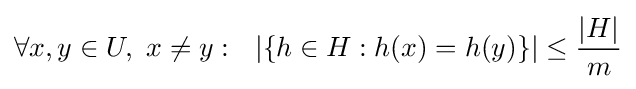
\forall x,y\in U,~x\neq y:~~|\{h\in H:h(x)=h(y)\}|\leq {\frac {|H|}{m}}